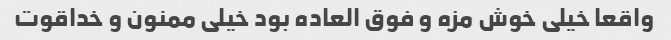
واقعا خیلی خوش مزه و فوق العاده بود خیلی ممنون و خداقوت